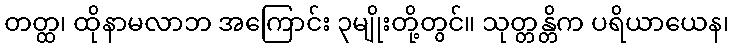
တတ္ထ၊ ထိုနာမလာဘ အကြောင်း ၃မျိုးတို့တွင်။ သုတ္တန္တိက ပရိယာယေန၊